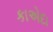
કાએદા